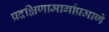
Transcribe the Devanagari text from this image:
प्रदक्षिणामार्गाप्रमाणे